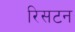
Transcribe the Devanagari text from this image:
रिसटन